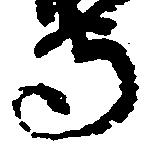
守